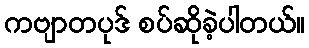
ကဗျာတပုဒ် စပ်ဆိုခဲ့ပါတယ်။